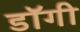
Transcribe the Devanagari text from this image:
डॉगी